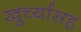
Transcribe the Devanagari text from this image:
खुर्च्यासह